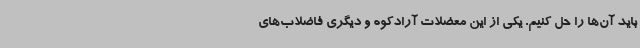
باید آن‌ها را حل کنیم. یکی از این معضلات آرادکوه و دیگری فاضلاب‌های